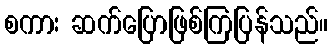
စကား ဆက်ပြောဖြစ်ကြပြန်သည်။